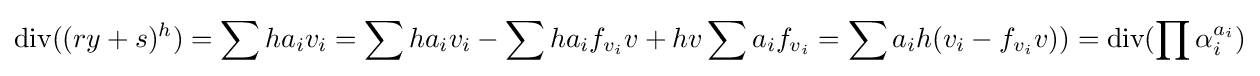
{\text{div}}((ry+s)^{h})=\sum ha_{i}v_{i}=\sum ha_{i}v_{i}-\sum ha_{i}f_{v_{i}}v+hv\sum a_{i}f_{v_{i}}=\sum a_{i}h(v_{i}-f_{v_{i}}v))={\text{div}}(\prod \alpha _{i}^{a_{i}})